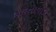
રાવતાવાડા